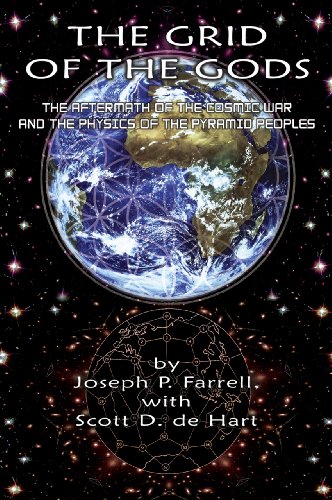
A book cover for The Grid of the Gods: The Aftermath of the Cosmic War and the Physics of the Pyramid Peoples; Joseph P. Farrell; Religion & Spirituality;